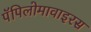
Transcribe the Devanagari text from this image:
पॅपिलोमावाइरस